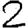
Digit: 2